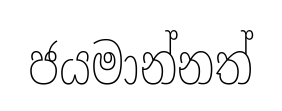
ජයමාන්නත්